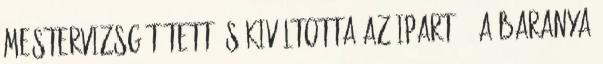
Mestervizsgát tett, s kiváltotta az ipart. — A Baranya